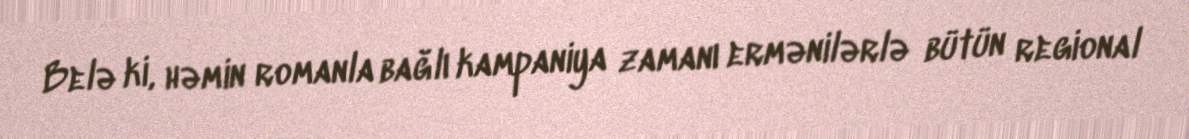
Belə ki, həmin romanla bağlı kampaniya zamanı ermənilərlə bütün regional